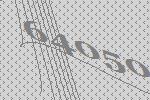
64050